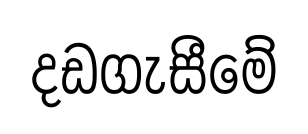
දඩගැසීමේ